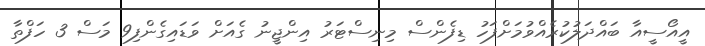
އީއޯސީއާ ބައްދަލުކުރެއްވުމަށްފަހު ޑިފެންސް މިނިސްޓަރު އިންޖީނު ގެއަށް ވަޑައިގެންފި9 މަސް 3 ހަފްތާ